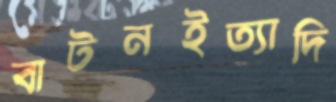
বাটনইত্যাদি